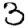
Digit: 3